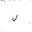
Letter: _lam